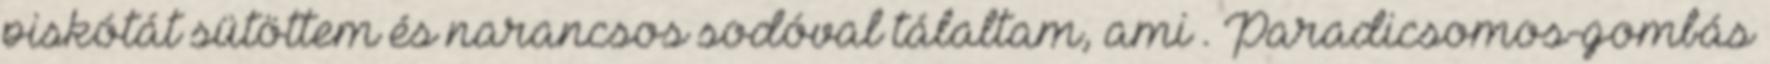
piskótát sütöttem és narancsos sodóval tálaltam, ami . Paradicsomos-gombás